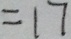
= 1 7